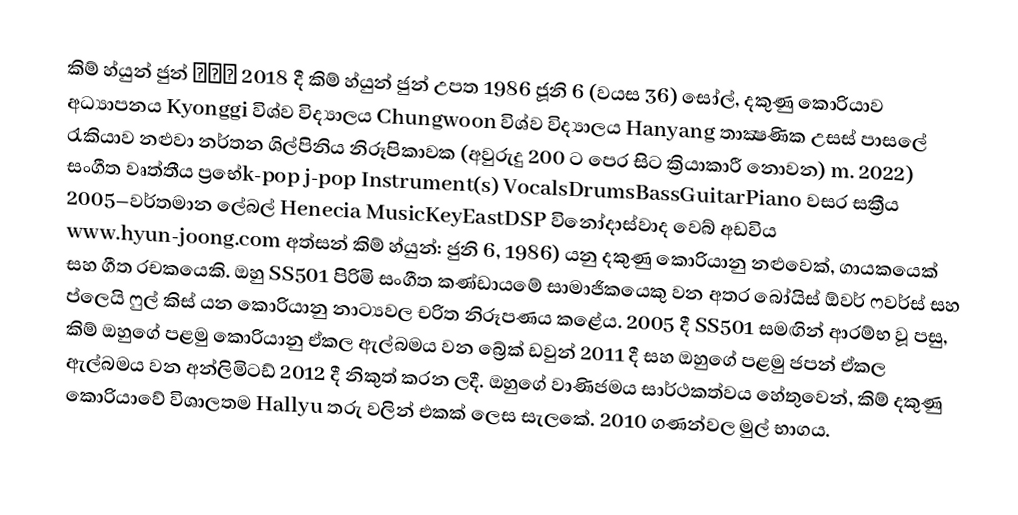
කිම් හ්යුන් ජුන් 김현중 2018 දී කිම් හ්යුන් ජුන් උපත 1986 ජූනි 6 (වයස 36) සෝල්, දකුණු කොරියාව අධ්‍යාපනය Kyonggi විශ්ව විද්‍යාලය Chungwoon විශ්ව විද්‍යාලය Hanyang තාක්‍ෂණික උසස් පාසලේ රැකියාව නළුවා නර්තන ශිල්පිනිය නිරූපිකාවක (අවුරුදු 200 ට පෙර සිට ක්‍රියාකාරී නොවන) m. 2022) සංගීත වෘත්තීය ප්‍රභේk-pop j-pop Instrument(s) VocalsDrumsBassGuitarPiano වසර සක්‍රීය 2005–වර්තමාන ලේබල් Henecia MusicKeyEastDSP විනෝදාස්වාද වෙබ් අඩවිය www.hyun-joong.com අත්සන් කිම් හ්යුන්: ජුනි 6, 1986) යනු දකුණු කොරියානු නළුවෙක්, ගායකයෙක් සහ ගීත රචකයෙකි. ඔහු SS501 පිරිමි සංගීත කණ්ඩායමේ සාමාජිකයෙකු වන අතර බෝයිස් ඕවර් ෆවර්ස් සහ  ප්ලෙයි ෆුල් කිස් යන කොරියානු නාට්‍යවල චරිත නිරූපණය කළේය. 2005 දී SS501 සමඟින් ආරම්භ වූ පසු, කිම් ඔහුගේ පළමු කොරියානු ඒකල ඇල්බමය වන බ්‍රේක් ඩවුන් 2011 දී සහ ඔහුගේ පළමු ජපන් ඒකල ඇල්බමය වන අන්ලිමිටඩ් 2012 දී නිකුත් කරන ලදී. ඔහුගේ වාණිජමය සාර්ථකත්වය හේතුවෙන්, කිම් දකුණු කොරියාවේ විශාලතම Hallyu තරු වලින් එකක් ලෙස සැලකේ. 2010 ගණන්වල මුල් භාගය.